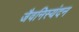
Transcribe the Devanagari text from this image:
जैवनिस्यंदन